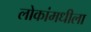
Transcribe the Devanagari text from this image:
लोकांमधीला